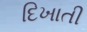
દિખાતી